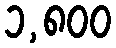
၁,၈၀၀